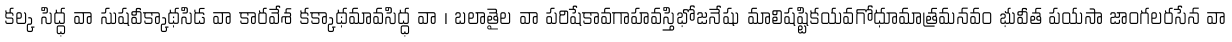
కల్క సిద్ధ వా సుషవీక్కాథసిడ వా కారవేశ కక్కాథమావసిద్ధ వా । బలాతైల వా పరిషేకావగాహవస్తిభోజనేషు మాలిషష్టికయవగోధూమాత్రమనవం భువీత పయసా జాంగలరసేన వా